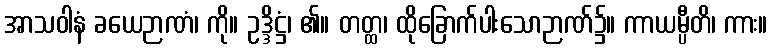
အာသဝါနံ ခယေဉာဏံ၊ ကို။ ဥဒ္ဒိဋ္ဌံ၊ ၏။ တတ္ထ၊ ထိုခြောက်ပါးသောဉာဏ်၌။ ကာယမ္ပီတိ၊ ကား။